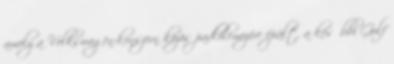
amely a Volkswagen-konszern közös padlólemezére épült, a későbbi Golf